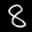
Label: 8